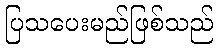
ပြသပေးမည်ဖြစ်သည်